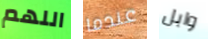
اللهم عندما وابل